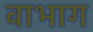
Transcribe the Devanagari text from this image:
वाभाग